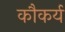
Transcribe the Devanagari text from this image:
कौकर्य